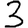
Digit: 3